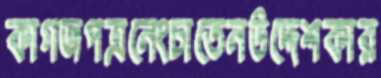
কাগজপত্রনেংচাতেনউদ্দেশকার